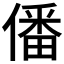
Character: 僠